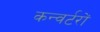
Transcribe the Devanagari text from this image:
कन्वर्टरों